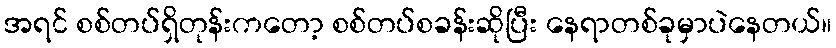
အရင် စစ်တပ်ရှိတုန်းကတော့ စစ်တပ်စခန်းဆိုပြီး နေရာတစ်ခုမှာပဲနေတယ်။